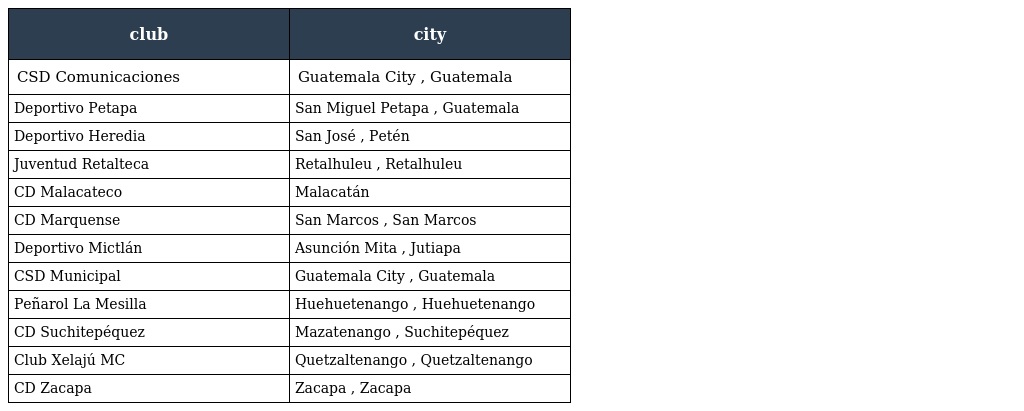
| club | city |
 | --- | --- |
 | CSD Comunicaciones | Guatemala City , Guatemala |
 | Deportivo Petapa | San Miguel Petapa , Guatemala |
 | Deportivo Heredia | San José , Petén |
 | Juventud Retalteca | Retalhuleu , Retalhuleu |
 | CD Malacateco | Malacatán |
 | CD Marquense | San Marcos , San Marcos |
 | Deportivo Mictlán | Asunción Mita , Jutiapa |
 | CSD Municipal | Guatemala City , Guatemala |
 | Peñarol La Mesilla | Huehuetenango , Huehuetenango |
 | CD Suchitepéquez | Mazatenango , Suchitepéquez |
 | Club Xelajú MC | Quetzaltenango , Quetzaltenango |
 | CD Zacapa | Zacapa , Zacapa |